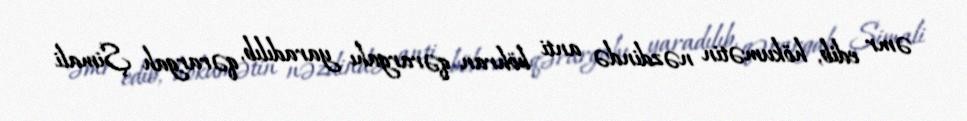
əmr edib, hökumətin nəzdində anti böhran qərargahı yaradılıb, qərargah Şimali